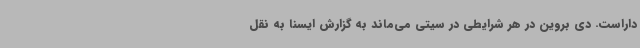
داراست. دی بروین در هر شرایطی در سیتی می‌ماند به گزارش ایسنا به نقل